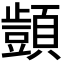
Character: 𮨜